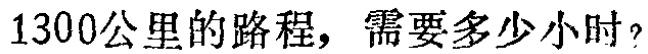
1300公里的路程，需要多少小时？